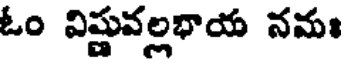
ఓం విష్ణువల్లభాయ నమః